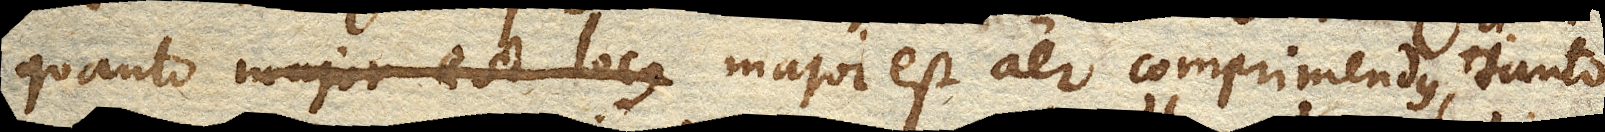
quanto major est locus major est aer comprimendus, tanto